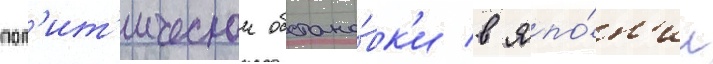
пол'ит'ическои обстано́вк'и в япо́н'ии